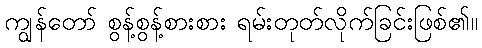
ကျွန်တော် စွန့်စွန့်စားစား ရမ်းတုတ်လိုက်ခြင်းဖြစ်၏။